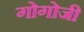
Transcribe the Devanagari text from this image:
गोगोजी